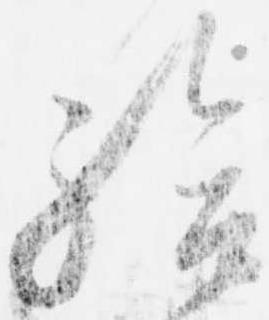
給